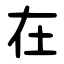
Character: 在